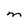
Character: M